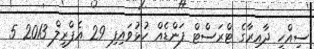
ސިއްހީ ދާއިރާގެ ޓްރަސްޓް ފަންޑެއް ހުޅުވައިފި 29 އެޕްރީލް 2013 5